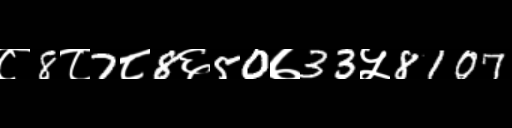
Text: ८8८7८8६50७33५8107